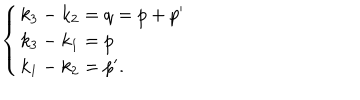
\left\{ \begin{array} { l } { { k _ { 3 } - k _ { 2 } = q = p + p ^ { \prime } } } \\ { { k _ { 3 } - k _ { 1 } = p } } \\ { { k _ { 1 } - k _ { 2 } = p ^ { \prime } . } } \\ \end{array} \right.